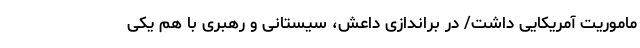
ماموریت آمریکایی داشت/ در براندازی داعش، سیستانی و رهبری با هم یکی